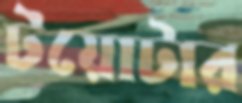
টয়োটার